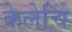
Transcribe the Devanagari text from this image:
केलेचि